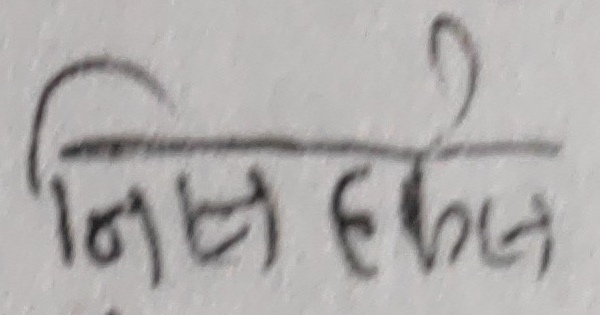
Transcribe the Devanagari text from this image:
निसर्फेल